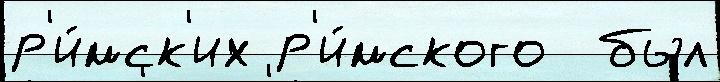
р'и́мск'их р'и́мского  был